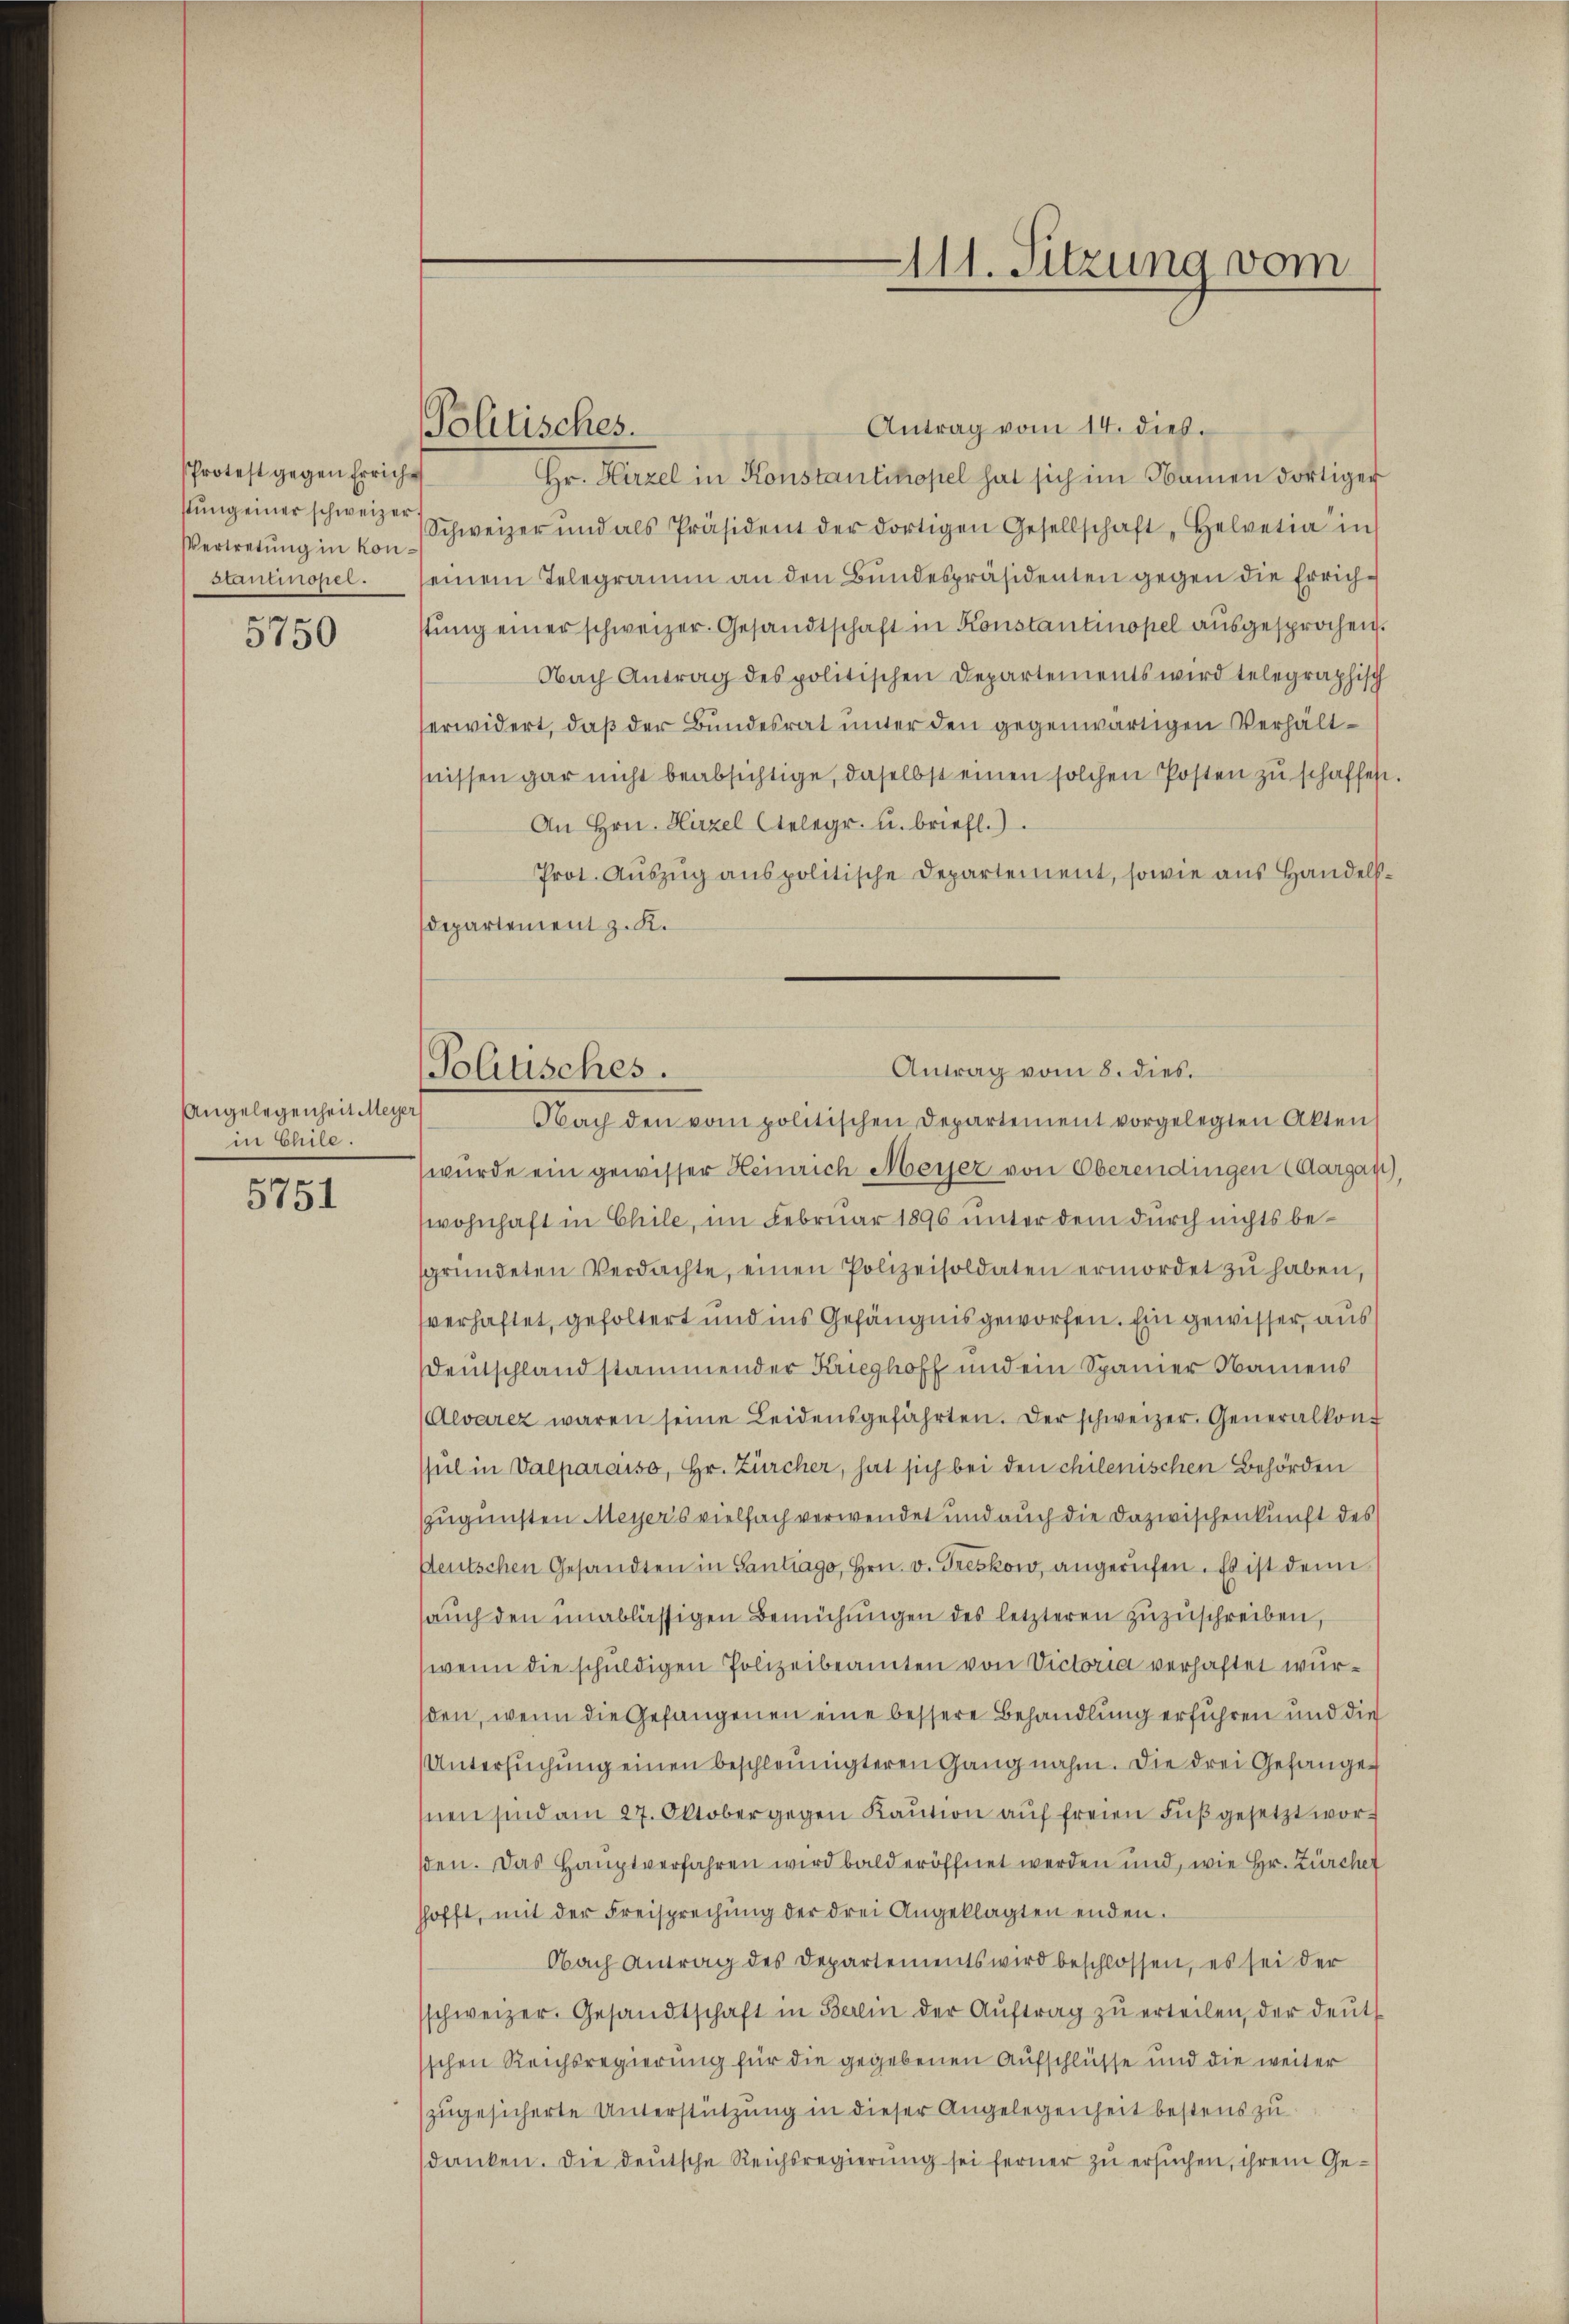
sProtest gegen Errichstung einer schweizer.
Vertretung in kon
stantinopel.

5750

Angelegenheit Meyer
in Chile.

5751

Politisches.

Antrag vom 14. dieß.
Hr. Hirzel in Konstantinopel hat sich im Namen dortige
Schweizer und als Präsident der dortigen Gesellschaft "Helvetia" in
einem Telegramm an den Bundespräsidenten gegen die Errichstŭng einer schweizer. Gesandtschaft in Konstantinopel ausgesprochen.
Nach Antrag des politischen Departements wird telegraphisch
erwidert, daß der Bundesrat unter den gegenwärtigen Verhältfnissen gar nicht beabsichtige, daselbst einen solchen Posten zu schaffent
An Hrn. Hirzel telegr. u. briefl.)
Prot. Aŭszŭg anspolitische Departement, sowie aus Handels.
Departement z. K.
Nach den vom politischen Departement vorgelegten Akten
wurde ein gewisser Heinrich Meyer von Oberendingen (Aargau
wohnhaft in Chile, im Februar 1896 unter dem durch nichts besgründeten Verdachte, einen Polizeisoldaten ermordet zŭ haben,
verhaftet, gefoltert und ins Gefängnis geworfen. Ein gewisser, aus
Deutschland stammender Krieghoff und ein Spanier Namens
Aevarez waren seine Leidensgefährten. Der schweizer. Generalkonf
sul in Valparaiso, Hr. Zürcher, hat sich bei den chilenischen Behörden
zugunsten Meyer’s vielfach verwendet und auch die Dazwischenkunft des
deutschen Gesandten in Gantrago, Hrn. v. Greskow, angerufen. Es ist denn
saŭch den unablässigen Bemühŭngen des letzteren zŭzŭschreiben,
wenn die schuldigen Polizeibeamten von Victoria verhaftet wurden, wenn die Gefangenen eine bessere Behandlung erführen und die
Untersŭchŭng einen beschleunigteren Gang nahm. Die drei Gefanges
nen sind am 27. Oktober gegen Kaution auf freien Fuß gesetzt worden. Das Hauptverfahren wird bald eröffnet werden und, wie Hr. Zürcher
hhofft, mit der Freisprechŭng der drei Angeklagten enden.
Obach Antrag des Departements wird beschlossen, es sei der
schweizer. Gesandtschaft in Berlin der Aŭftrag zŭ erteilen, der deŭt
sschen Reichsregierung für die gegebenen Aufschlüsse und die weiter
zugesicherte Unterstützung in dieser Angelegenheit bestens zu
danken. Die deutsche Reichsregierung sei ferner zu ersuchen, ihrem Ge¬

111. Sitzung vom

Antrag vom 8. dies.
Politisches.